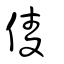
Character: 倰